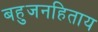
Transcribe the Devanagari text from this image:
बहुजनहिताय